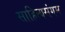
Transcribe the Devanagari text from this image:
साहित्यसंगम